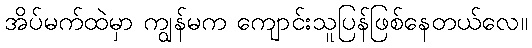
အိပ်မက်ထဲမှာ ကျွန်မက ကျောင်းသူပြန်ဖြစ်နေတယ်လေ။